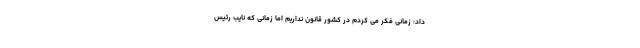
داد: زمانی فکر می کردم در کشور قانون نداریم اما زمانی که نایب رئیس